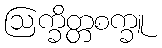
ဩက္ခိတ္တစက္ခူ